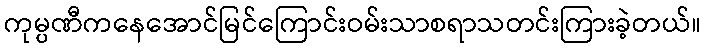
ကုမ္ပဏီကနေအောင်မြင်ကြောင်းဝမ်းသာစရာသတင်းကြားခဲ့တယ်။